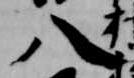
八